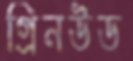
গ্রিনউড